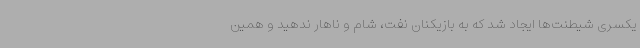
یکسری شیطنت‌ها ایجاد شد که به بازیکنان نفت، شام و ناهار ندهید و همین